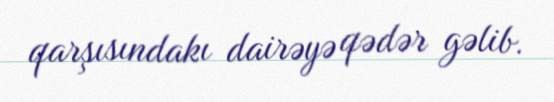
qarşısındakı dairəyə qədər gəlib.